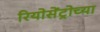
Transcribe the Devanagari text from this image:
रियोसेंट्रोच्या